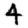
Digit: 4